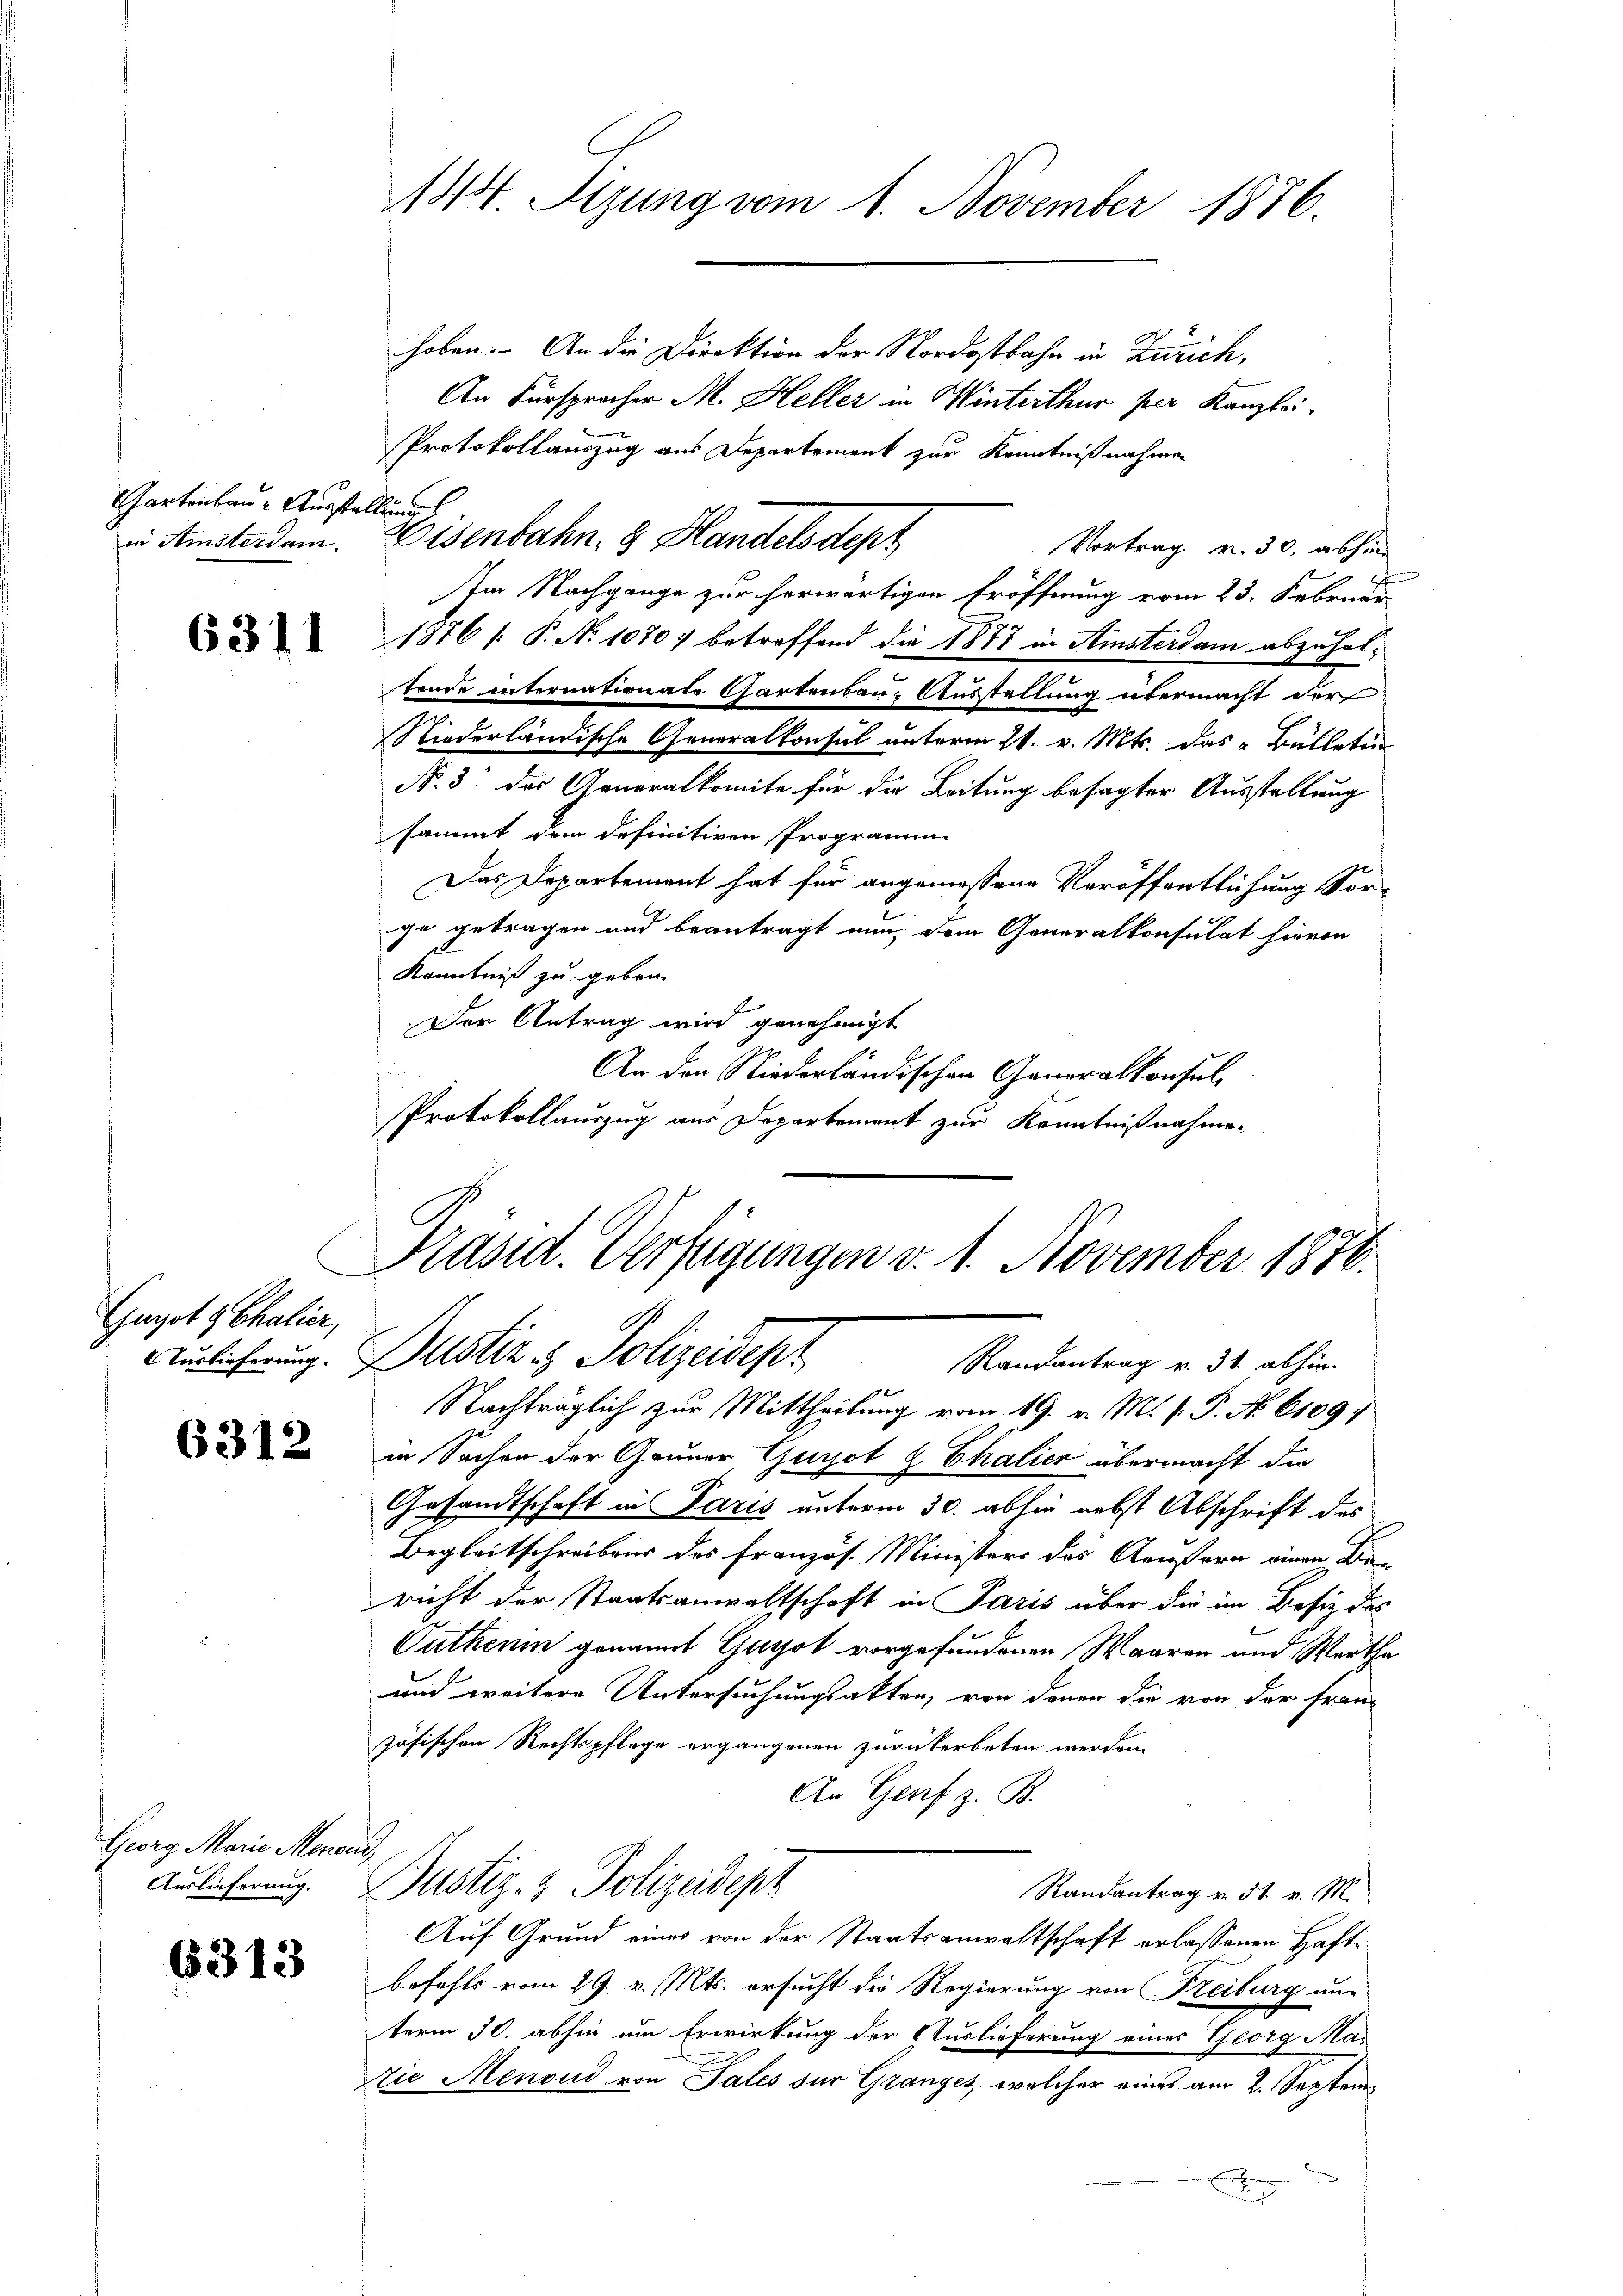
Gartenbau - Ausstellung
in Amsterdam.

6311

Gugot & Chalier,

6312

Georg Marie Menon

6313

d

144 Tizung vom 1. November 1876.

hoben. An die Direktion der Nordostbahn in Zürich,
An Fürspracher M. Heller in Winterthur per Kanzlei
2
Protokollauszug aus Departement zur Kenntnißnahmen
Eisenbahn. 3 Handels dept
Vortrag v. 30. abhin
Am Nachgange zur herwärtigen Eröffnung vom 23. Februar
1876 [ P. No 10707 betreffend die 1877 in Amsterdam abzuhaltende internationate Gartenbau Ausstellung übermacht der
Niederländische Generalkonsul unterm 21. v. Mts. das Bülletin
N. 3 des Generalkomite für die Leitung besagter Ausstellung
sammt dem definitiven Programm
Das Departement hat für angemessene Veröffentlichung Sor-
ge getragen und beantragt nun dem Generalkonsulat hievon
Kenntniß zu geben.
Der Antrag wird genehmigt
An der Niederländischen Generalkonsul
Protokollauszug aus Departement zur Kenntnißnahmen

Präsid. Verfügungen v. 1. November 1876.
Auslieferung. Justiz & Polizeidepr
Randantrag v. 31. abhin.

Nachträglich zur Mittheilung vom 19. v. M. v. P. No 6109,
in Sachen der Gauner Gurot & Ehalier übermacht die
oh.
Gesandtschaft in Paris unterm 30. abhin nebst Abschrift des
Begleitschreibens des Französ. Ministers des Aeustern einen Bie-
richt der Staatsanwaltschaft in Paris über die im Besiz des
Outheim genannt Garot vorgefundenen Waaren und Werthe
und weitere Untersuchungsakten, von denen die von der fran-
zösischen Rechtspflege ergangenen zurückerbeten werden.
An Genf z. B.
d
Auslicherung. Bustiz- & Polizeidepz
Randantrag v. 31. v. M.
Auf Grund eines von der Staatsanwaltschaft erlassenen Hafte
befehls vom 29. v. Mts. ersucht die Regierung von Freiburg un-
term 30. abhin um Erwirkung der Auslieferung eines Georg Ma¬
Zie Menoud von Sales für Granges, welcher eines am 2. Septemn Eine
2